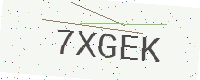
Text: 7XGEK